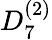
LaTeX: {D}_{7}^{(2)}